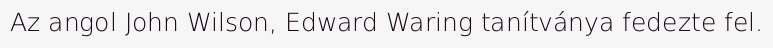
Az angol John Wilson, Edward Waring tanítványa fedezte fel.